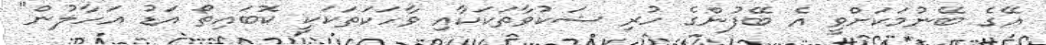
އޭގެ ބޭނުމަކަށްވީ އެ ބޭފުންގެ ހުރި ޝަކުވާތަކަކާއި ވާހަކަތަކަކީ ކޮބައިތޯ އަޑު އަހާލުން"